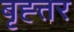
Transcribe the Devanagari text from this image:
बृह्त्तर